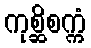
ကုစ္ဆိစက္ကံ